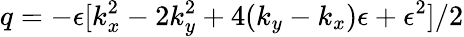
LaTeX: q=-\epsilon[k_{x}^{2}-2k_{y}^{2}+4(k_{y}-k_{x})\epsilon+\epsilon^{2}]/2